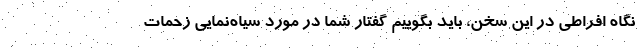
نگاه افراطی در این سخن، باید بگوییم گفتار شما در مورد سیاه‌نمایی زحمات